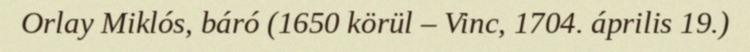
Orlay Miklós, báró (1650 körül – Vinc, 1704. április 19.)